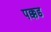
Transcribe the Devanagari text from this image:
पक्कड